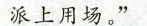
派上用场。